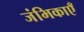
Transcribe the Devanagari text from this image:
जंभिकाएँ